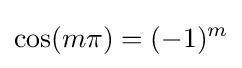
\cos(m\pi )=(-1)^{m}